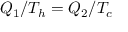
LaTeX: Q _ { 1 } / T _ { h } = Q _ { 2 } / T _ { c }